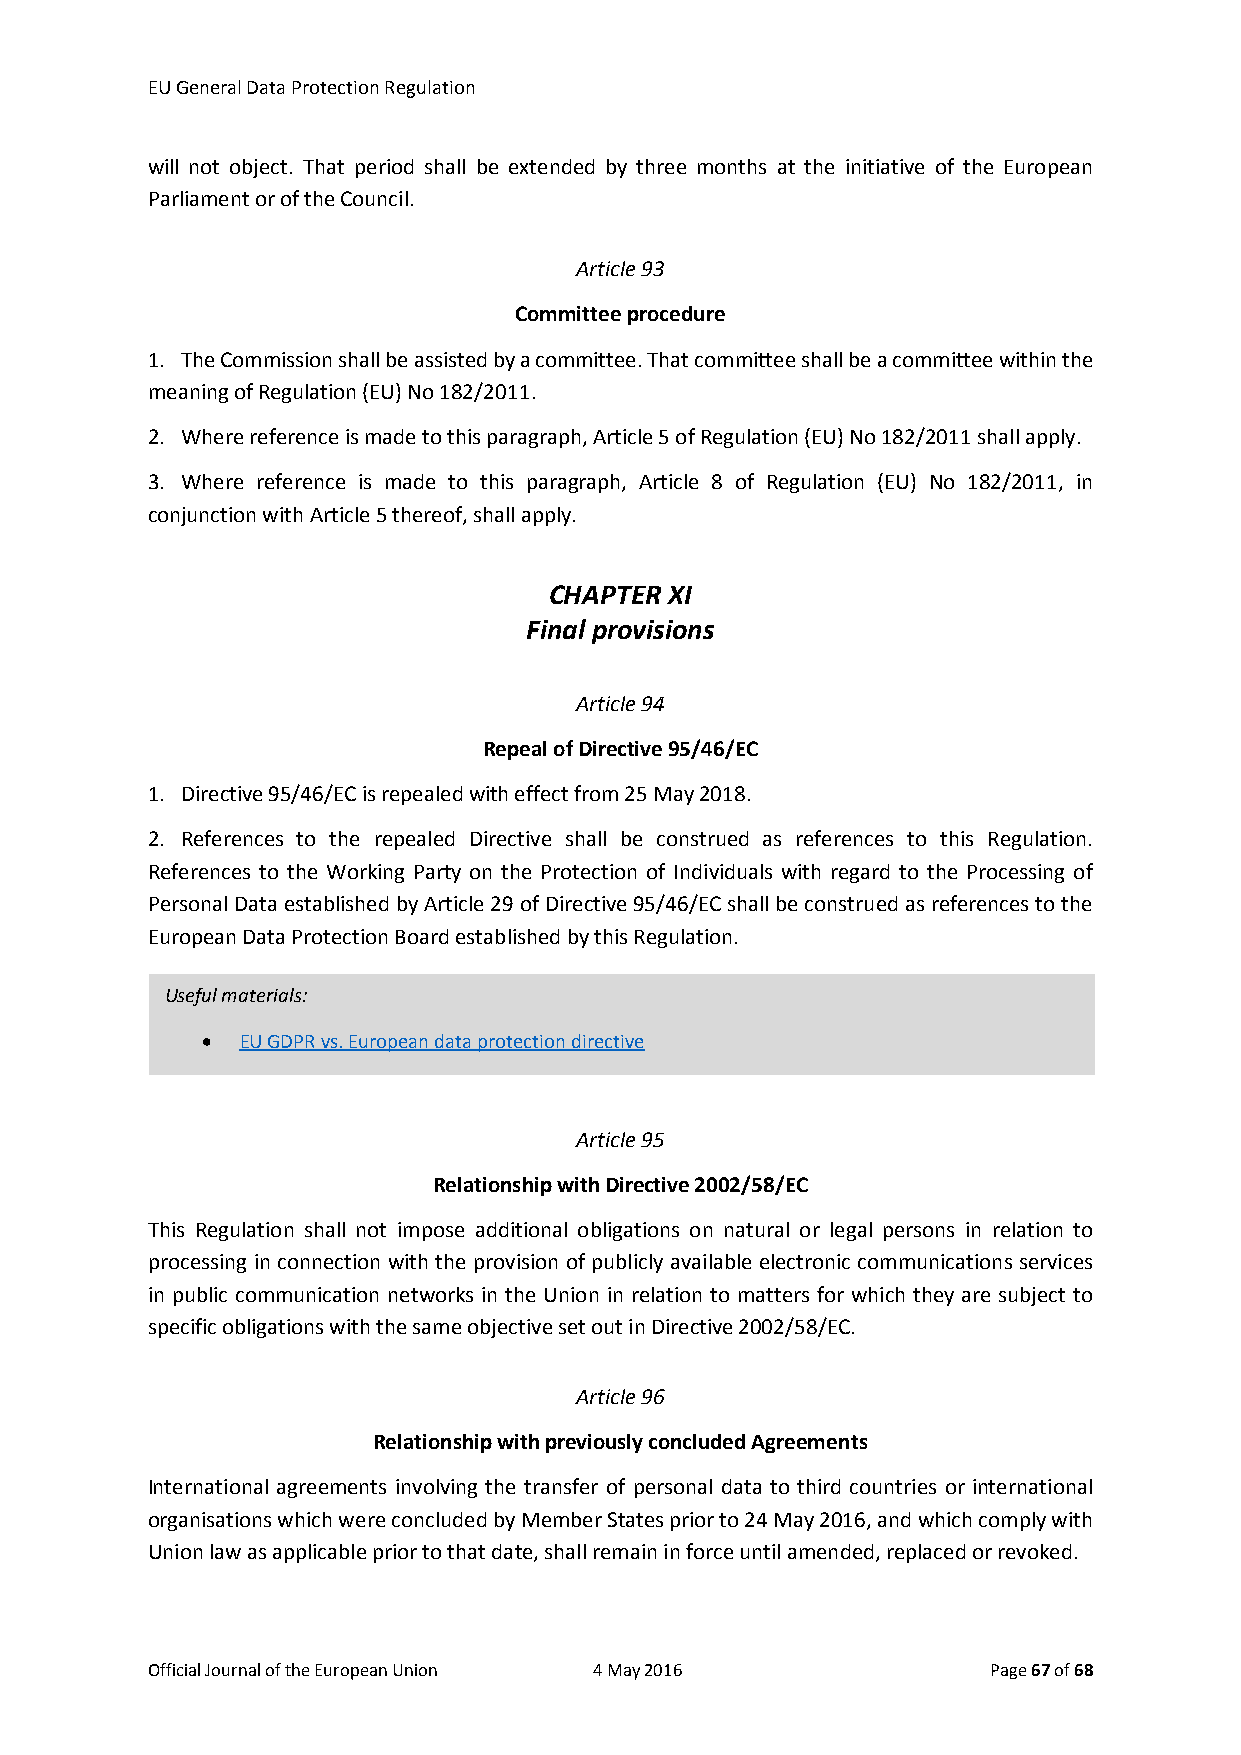
EU General Data Protection Regulation
 will not object. That period shall be extended by three months at the initiative of the European
 Parliament or of the Council.
 Article 93
 Committee procedure
 1. The Commission shall be assisted by a committee. That committee shall be a committee within the
 meaning of Regulation (EU) No 182/2011.
 2. Where reference is made to this paragraph, Article 5 of Regulation (EU) No 182/2011 shall apply.
 3. Where reference is made to this paragraph, Article 8 of Regulation (EU) No 182/2011, in
 conjunction with Article 5 thereof, shall apply.
 CHAPTER XI
 Final provisions
 Article 94
 Repeal of Directive 95/46/EC
 1. Directive 95/46/EC is repealed with effect from 25 May 2018.
 2. References to the repealed Directive shall be construed as references to this Regulation.
 References to the Working Party on the Protection of Individuals with regard to the Processing of
 Personal Data established by Article 29 of Directive 95/46/EC shall be construed as references to the
 European Data Protection Board established by this Regulation.
 Useful materials:
 •  EU GDPR vs. European data protection directive
 Article 95
 Relationship with Directive 2002/58/EC
 This Regulation shall not impose additional obligations on natural or legal persons in relation to
 processing in connection with the provision of publicly available electronic communications services
 in public communication networks in the Union in relation to matters for which they are subject to
 specific obligations with the same objective set out in Directive 2002/58/EC.
 Article 96
 Relationship with previously concluded Agreements
 International agreements involving the transfer of personal data to third countries or international
 organisations which were concluded by Member States prior to 24 May 2016, and which comply with
 Union law as applicable prior to that date, shall remain in force until amended, replaced or revoked.
 Official Journal of the European Union 4 May 2016       Page 67 of 68